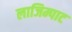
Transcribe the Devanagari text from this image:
लाजिम्पाट